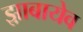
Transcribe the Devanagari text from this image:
झ़ाबायेव